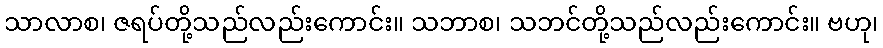
သာလာစ၊ ဇရပ်တို့သည်လည်းကောင်း။ သဘာစ၊ သဘင်တို့သည်လည်းကောင်း။ ဗဟု၊